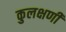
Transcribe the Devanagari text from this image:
कुलक्षणी